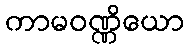
ကာမဝဏ္ဏိယော